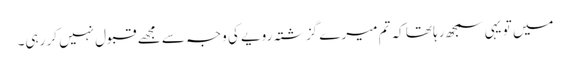
میں تو یہی سمجھ رہا تھا کہ تم میرے گزشتہ رویے کی وجہ سے مجھے قبول نہیں کر رہی۔